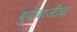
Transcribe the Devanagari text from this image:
बुवाबाजीचा